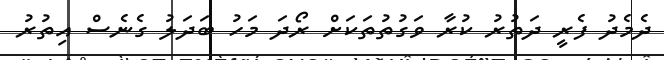
ދެމެދު ފެރީ ދަތުރު ކުރާ ވަގުތުތަކަށް ރޯދަ މަހު ބަދަލު ގެނެސް އިތުރު